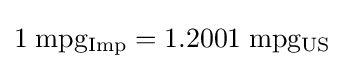
1\;{\rm {mpg_{Imp}=1.2001\;{\rm {mpg_{US}}}}}